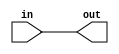
module BUF_2 (input in, output out);
assign out = in;
endmodule